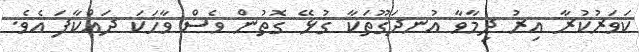
ކަވަރުކުރާ އިރު ދިމާވާ އުނދަގޫތަކާ ގުޅޭ ގޮތުން ވެސް ވާހަކަ ދައްކާފަ އެވެ.